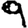
Digit: 9